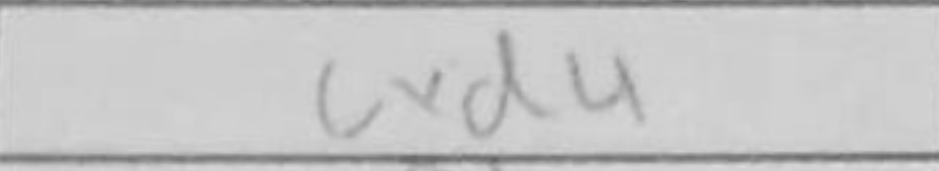
Transcription: cxd4